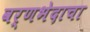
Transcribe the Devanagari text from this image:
वर्णभेदाचा